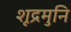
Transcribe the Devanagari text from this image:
शूद्रमुनि